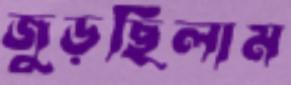
জুড়ছিলাম